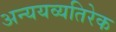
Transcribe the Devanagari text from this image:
अन्ययव्यतिरेक